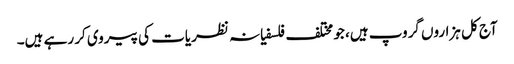
آج کل ہزاروں گروپ ہیں، جو مختلف فلسفیانہ نظریات کی پیروی کر رہے ہیں۔